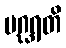
ပဂ္ဃရတိ